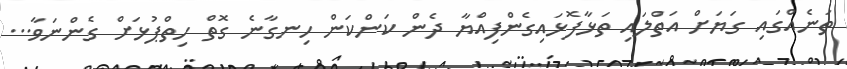
ތަނެއްގައި ގަޔަށް އަތްލައި ތަޅާފޮޅައިގެންފިއްޔާ ދެން ކަންކަން ހިނގާނެ ގޮތް ހިތްޕުޅަށް ގެންނަވާ...